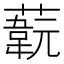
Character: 𦽞